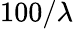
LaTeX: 100/\lambda